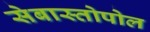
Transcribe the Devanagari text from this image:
सेबास्तोपोल